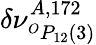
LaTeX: \delta\nu_{^{O}P_{12}(3)}^{A,172}